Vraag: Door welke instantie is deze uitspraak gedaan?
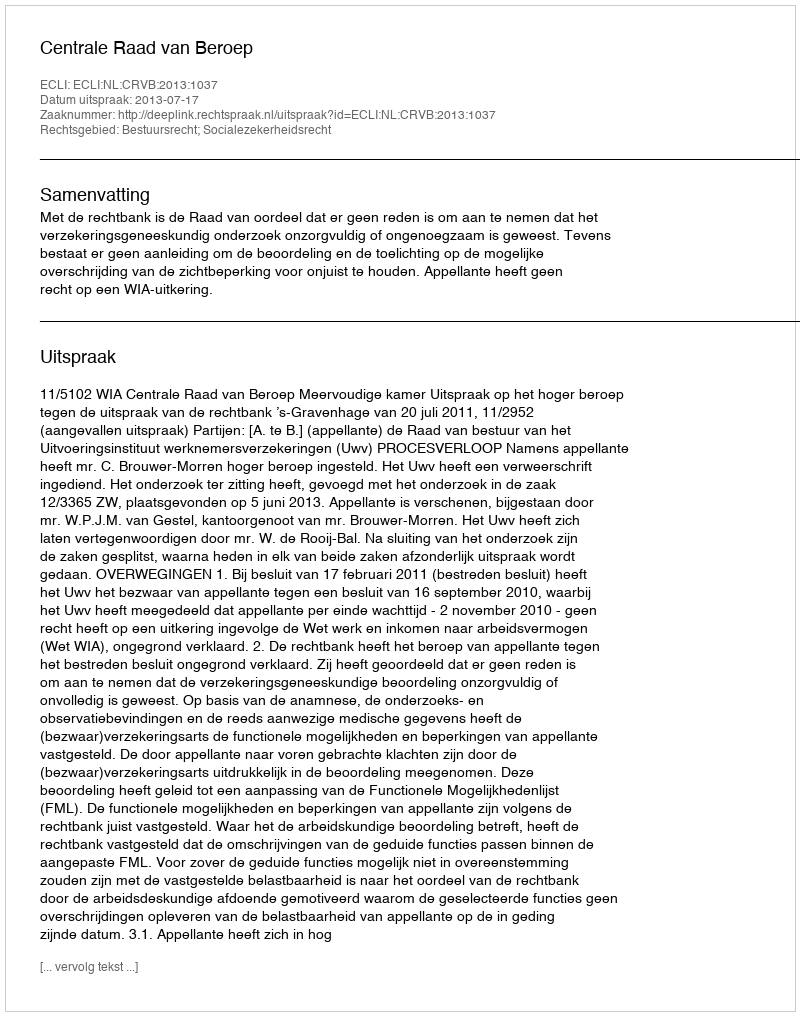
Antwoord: Centrale Raad van Beroep